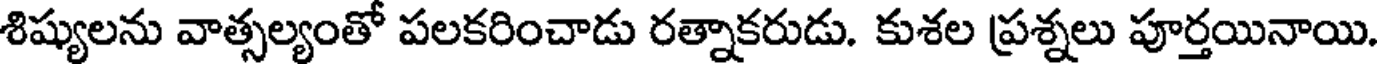
శిష్యులను వాత్సల్యంతో పలకరించాడు రత్నాకరుడు. కుశల ప్రశ్నలు పూర్తయినాయి.